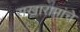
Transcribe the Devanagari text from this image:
सखारामांचे